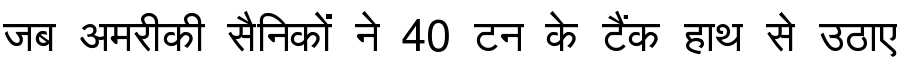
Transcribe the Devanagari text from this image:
जब अमरीकी सैनिकों ने 40 टन के टैंक हाथ से उठाए